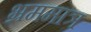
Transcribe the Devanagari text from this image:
भ्रममात्र